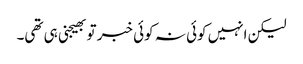
لیکن انہیں کوئی نہ کوئی خبر تو بھیجنی ہی تھی۔